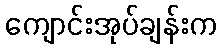
ကျောင်းအုပ်ချန်းက